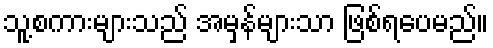
သူ့စကားများသည် အမှန်များသာ ဖြစ်ရပေမည်။